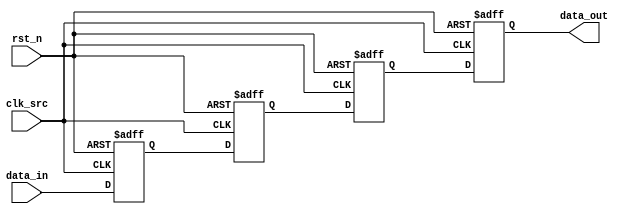
module four_flop_synchronizer (
    input wire clk_src, // source clock domain
    input wire rst_n,
    input wire data_in,
    
    output reg data_out
);

reg [3:0] ff1, ff2, ff3, ff4;

always @(posedge clk_src or negedge rst_n) begin
    if (~rst_n) begin
        ff1 <= 1'b0;
        ff2 <= 1'b0;
        ff3 <= 1'b0;
        ff4 <= 1'b0;
    end else begin
        ff1 <= data_in;
        ff2 <= ff1;
        ff3 <= ff2;
        ff4 <= ff3;
    end
end

assign data_out = ff4;

endmodule